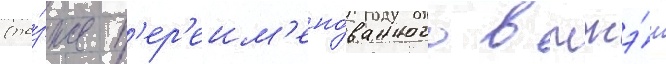
(по́зже п'ер'еим'ено́ванного в чжэ́н